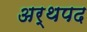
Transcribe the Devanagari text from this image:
अर्थपद